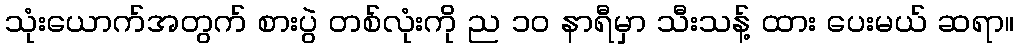
သုံးယောက်အတွက် စားပွဲ တစ်လုံးကို ည ၁၀ နာရီမှာ သီးသန့် ထား ပေးမယ် ဆရာ။